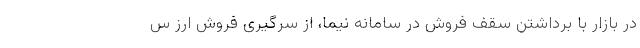
در بازار با برداشتن سقف فروش در سامانه نیما، از سرگیری فروش ارز س